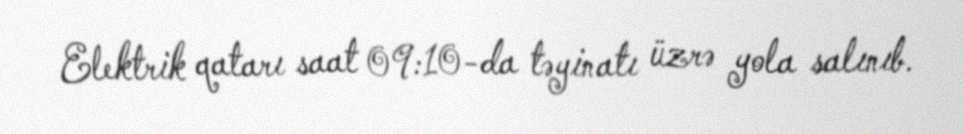
Elektrik qatarı saat 09:10-da təyinatı üzrə yola salınıb.